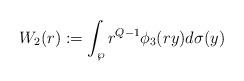
LaTeX: \begin{align*}W_{2}(r):=\int_{\wp}r^{Q-1}\phi_{3}(ry)d\sigma(y)\end{align*}